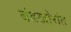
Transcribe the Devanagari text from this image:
बंडखोरांत